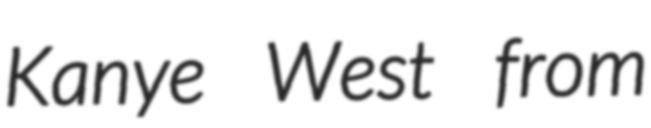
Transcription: Kanye West from